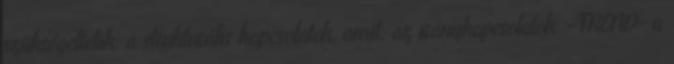
szükségeltetik: a strukturális kapcsolatok, amit: az iránykapcsolatok, -TREND- a